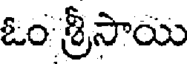
ఓం శ్రీసాయి